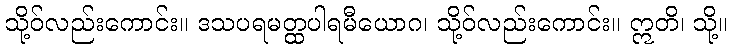
သို့ဝ်လည်းကောင်း။ ဒသပရမတ္ထပါရမီယောဂ၊ သို့ဝ်လည်းကောင်း။ ဣတိ၊ သို့။